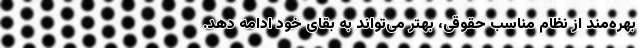
بهره‌مند از نظام مناسب حقوقی، بهتر می‌تواند به بقای خود ادامه دهد.